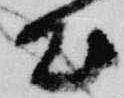
出